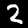
Digit: 2